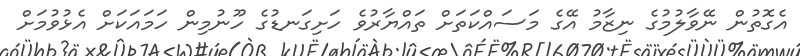
އެގޮތުން ނޭވާލުމުގެ ނިޒާމު އޭގެ މަސައްކަތަށް ތައްޔާރުވެ ހަށިގަނޑުގެ ހޫނުމިން ހަމައަކަށް އެޅުވުމަށް